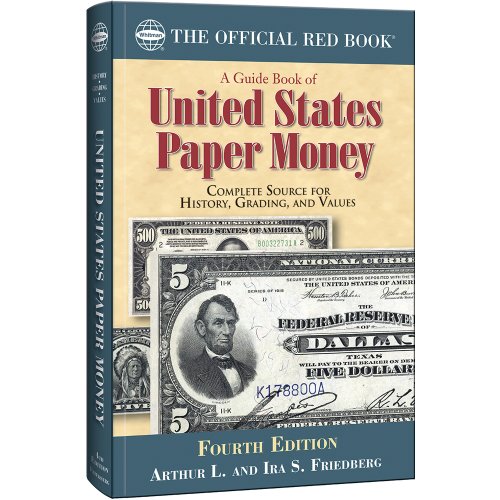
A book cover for A Guide Book of United States Paper Money, Fourth Edition; Arthur Friedberg; Crafts, Hobbies & Home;